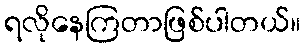
ရလိုနေကြတာဖြစ်ပါတယ်။